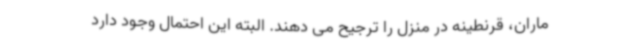
ماران، قرنطینه در منزل را ترجیح می دهند. البته این احتمال وجود دارد